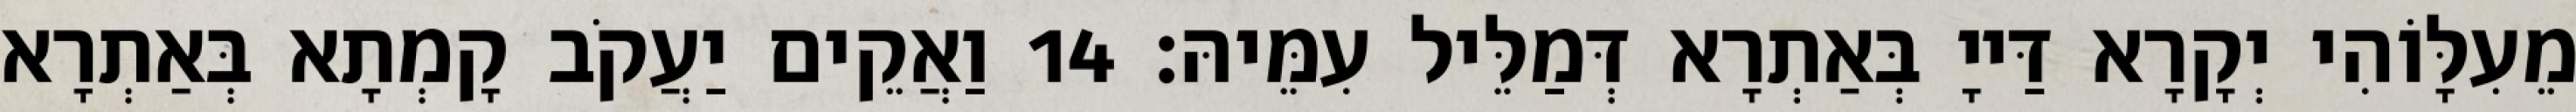
מֵעִלָּוֹהִי יְקָרָא דַּייָ בְּאַתְרָא דְּמַלֵּיל עִמֵּיהּ׃ 14 וַאֲקֵים יַעֲקֹב קָמְתָא בְּאַתְרָא